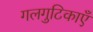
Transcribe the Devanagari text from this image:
गलगुटिकाएँ